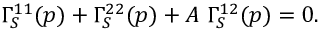
\Gamma _ { S } ^ { 1 1 } ( p ) + \Gamma _ { S } ^ { 2 2 } ( p ) + A \ \Gamma _ { S } ^ { 1 2 } ( p ) = 0 .